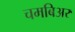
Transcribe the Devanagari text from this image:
चमबिअर